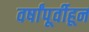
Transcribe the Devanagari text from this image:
वर्षांपूर्वीहून